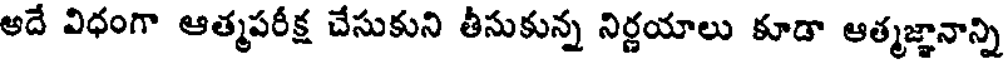
అదే విధంగా ఆత్మపరీక్ష చేసుకుని తీసుకున్న నిర్ణయాలు కూడా ఆత్మజ్ఞానాన్ని